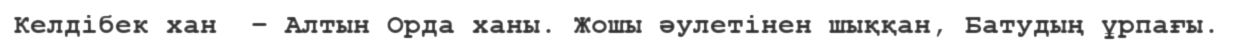
Келдібек хан  – Алтын Орда ханы. Жошы әулетінен шыққан, Батудың ұрпағы.